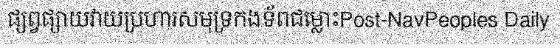
ផ្សព្វផ្សាយវាយប្រហារសមុទ្រកងទ័ពជម្លោះPost-NavPeoples Daily